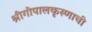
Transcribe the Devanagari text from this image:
श्रीगोपालकृस्णाची